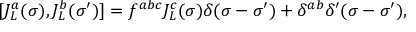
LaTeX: [ J _ { L } ^ { a } ( \sigma ) , J _ { L } ^ { b } ( \sigma ^ { \prime } ) ] = f ^ { a b c } J _ { L } ^ { c } ( \sigma ) \delta ( \sigma - \sigma ^ { \prime } ) + \delta ^ { a b } \delta ^ { \prime } ( \sigma - \sigma ^ { \prime } ) ,